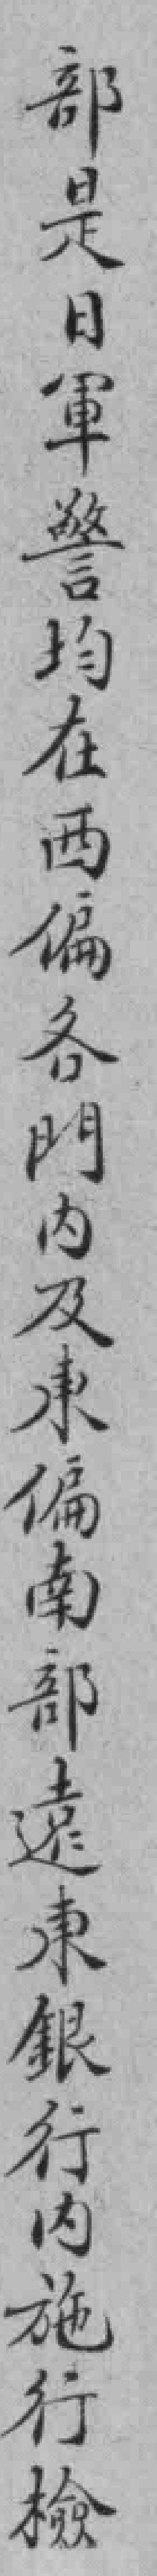
部是日軍警均在西偏各門內及東偏南部遠東銀行內施行檢